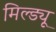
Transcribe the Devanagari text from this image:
मिल्ड्यू